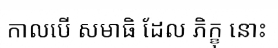
កាលបើ សមាធិ ដែល ភិក្ខុ នោះ